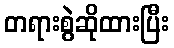
တရားစွဲဆိုထားပြီး